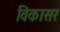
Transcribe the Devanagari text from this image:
विकासर